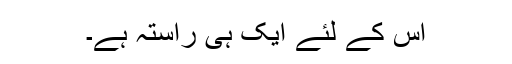
اس کے لئے ایک ہی راستہ ہے۔